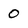
Character: 0